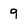
Character: 9